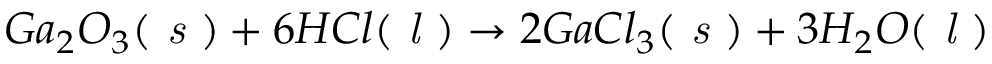
G a _ { 2 } O _ { 3 } ( \textit { s } ) + 6 H C l ( \textit { l } ) \to 2 G a C l _ { 3 } ( \textit { s } ) + 3 H _ { 2 } O ( \textit { l } )